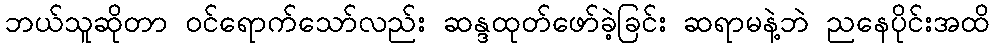
ဘယ်သူဆိုတာ ဝင်ရောက်သော်လည်း ဆန္ဒထုတ်ဖော်ခဲ့ခြင်း ဆရာမနဲ့ဘဲ ညနေပိုင်းအထိ